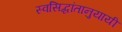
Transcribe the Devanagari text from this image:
स्वसिद्धांतानुयायी